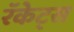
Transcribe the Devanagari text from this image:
रॅकेट्स